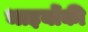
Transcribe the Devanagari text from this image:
भाइयोंकी